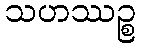
သဟဿဉ္စ